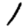
Digit: 1